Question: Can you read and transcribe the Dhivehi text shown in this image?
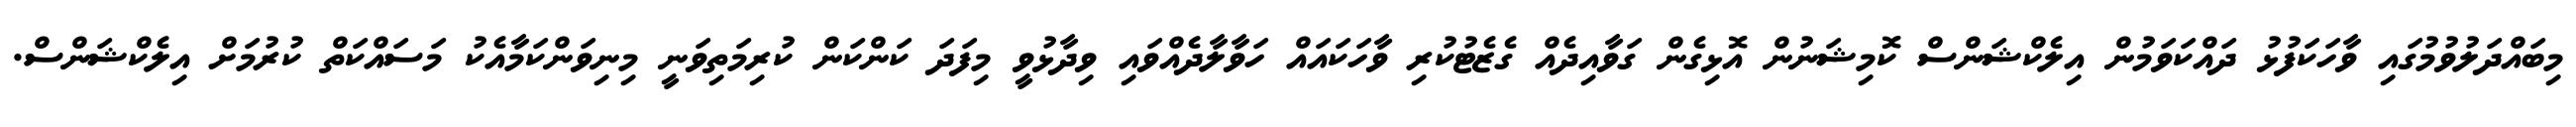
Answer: މިބައްދަލުވުމުގައި ވާހަކަފުޅު ދައްކަވަމުން އިލެކްޝަންސް ކޮމިޝަނުން އޮޅިގެން ގަވާއިދެއް ގެޒެޓުކުރި ވާހަކައައް ހަވާލާދެއްވައި ވިދާޅުވީ މިފަދަ ކަންކަން ކުރިމަތިވަނީ މިނިވަންކަމާއެކު މަސައްކަތް ކުރުމަށް އިލެކްޝަންސް.